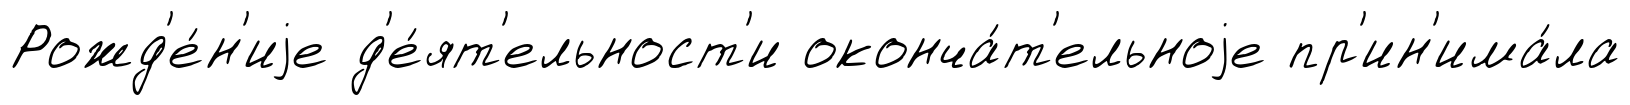
Рожд'е́н'иjе д'е́ят'ельност'и оконча́т'ельноjе пр'ин'има́ла